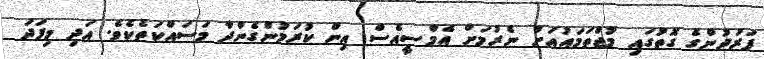
ފަރުދުންގެ ގޮތުގައި މުޖްތަމައުއަށް ނެރުމަށް އެމްސީއެސް އިން ކުރަމުންގެންދާ މަސައްކަތެކެވެ. އަދި މިފަދަ